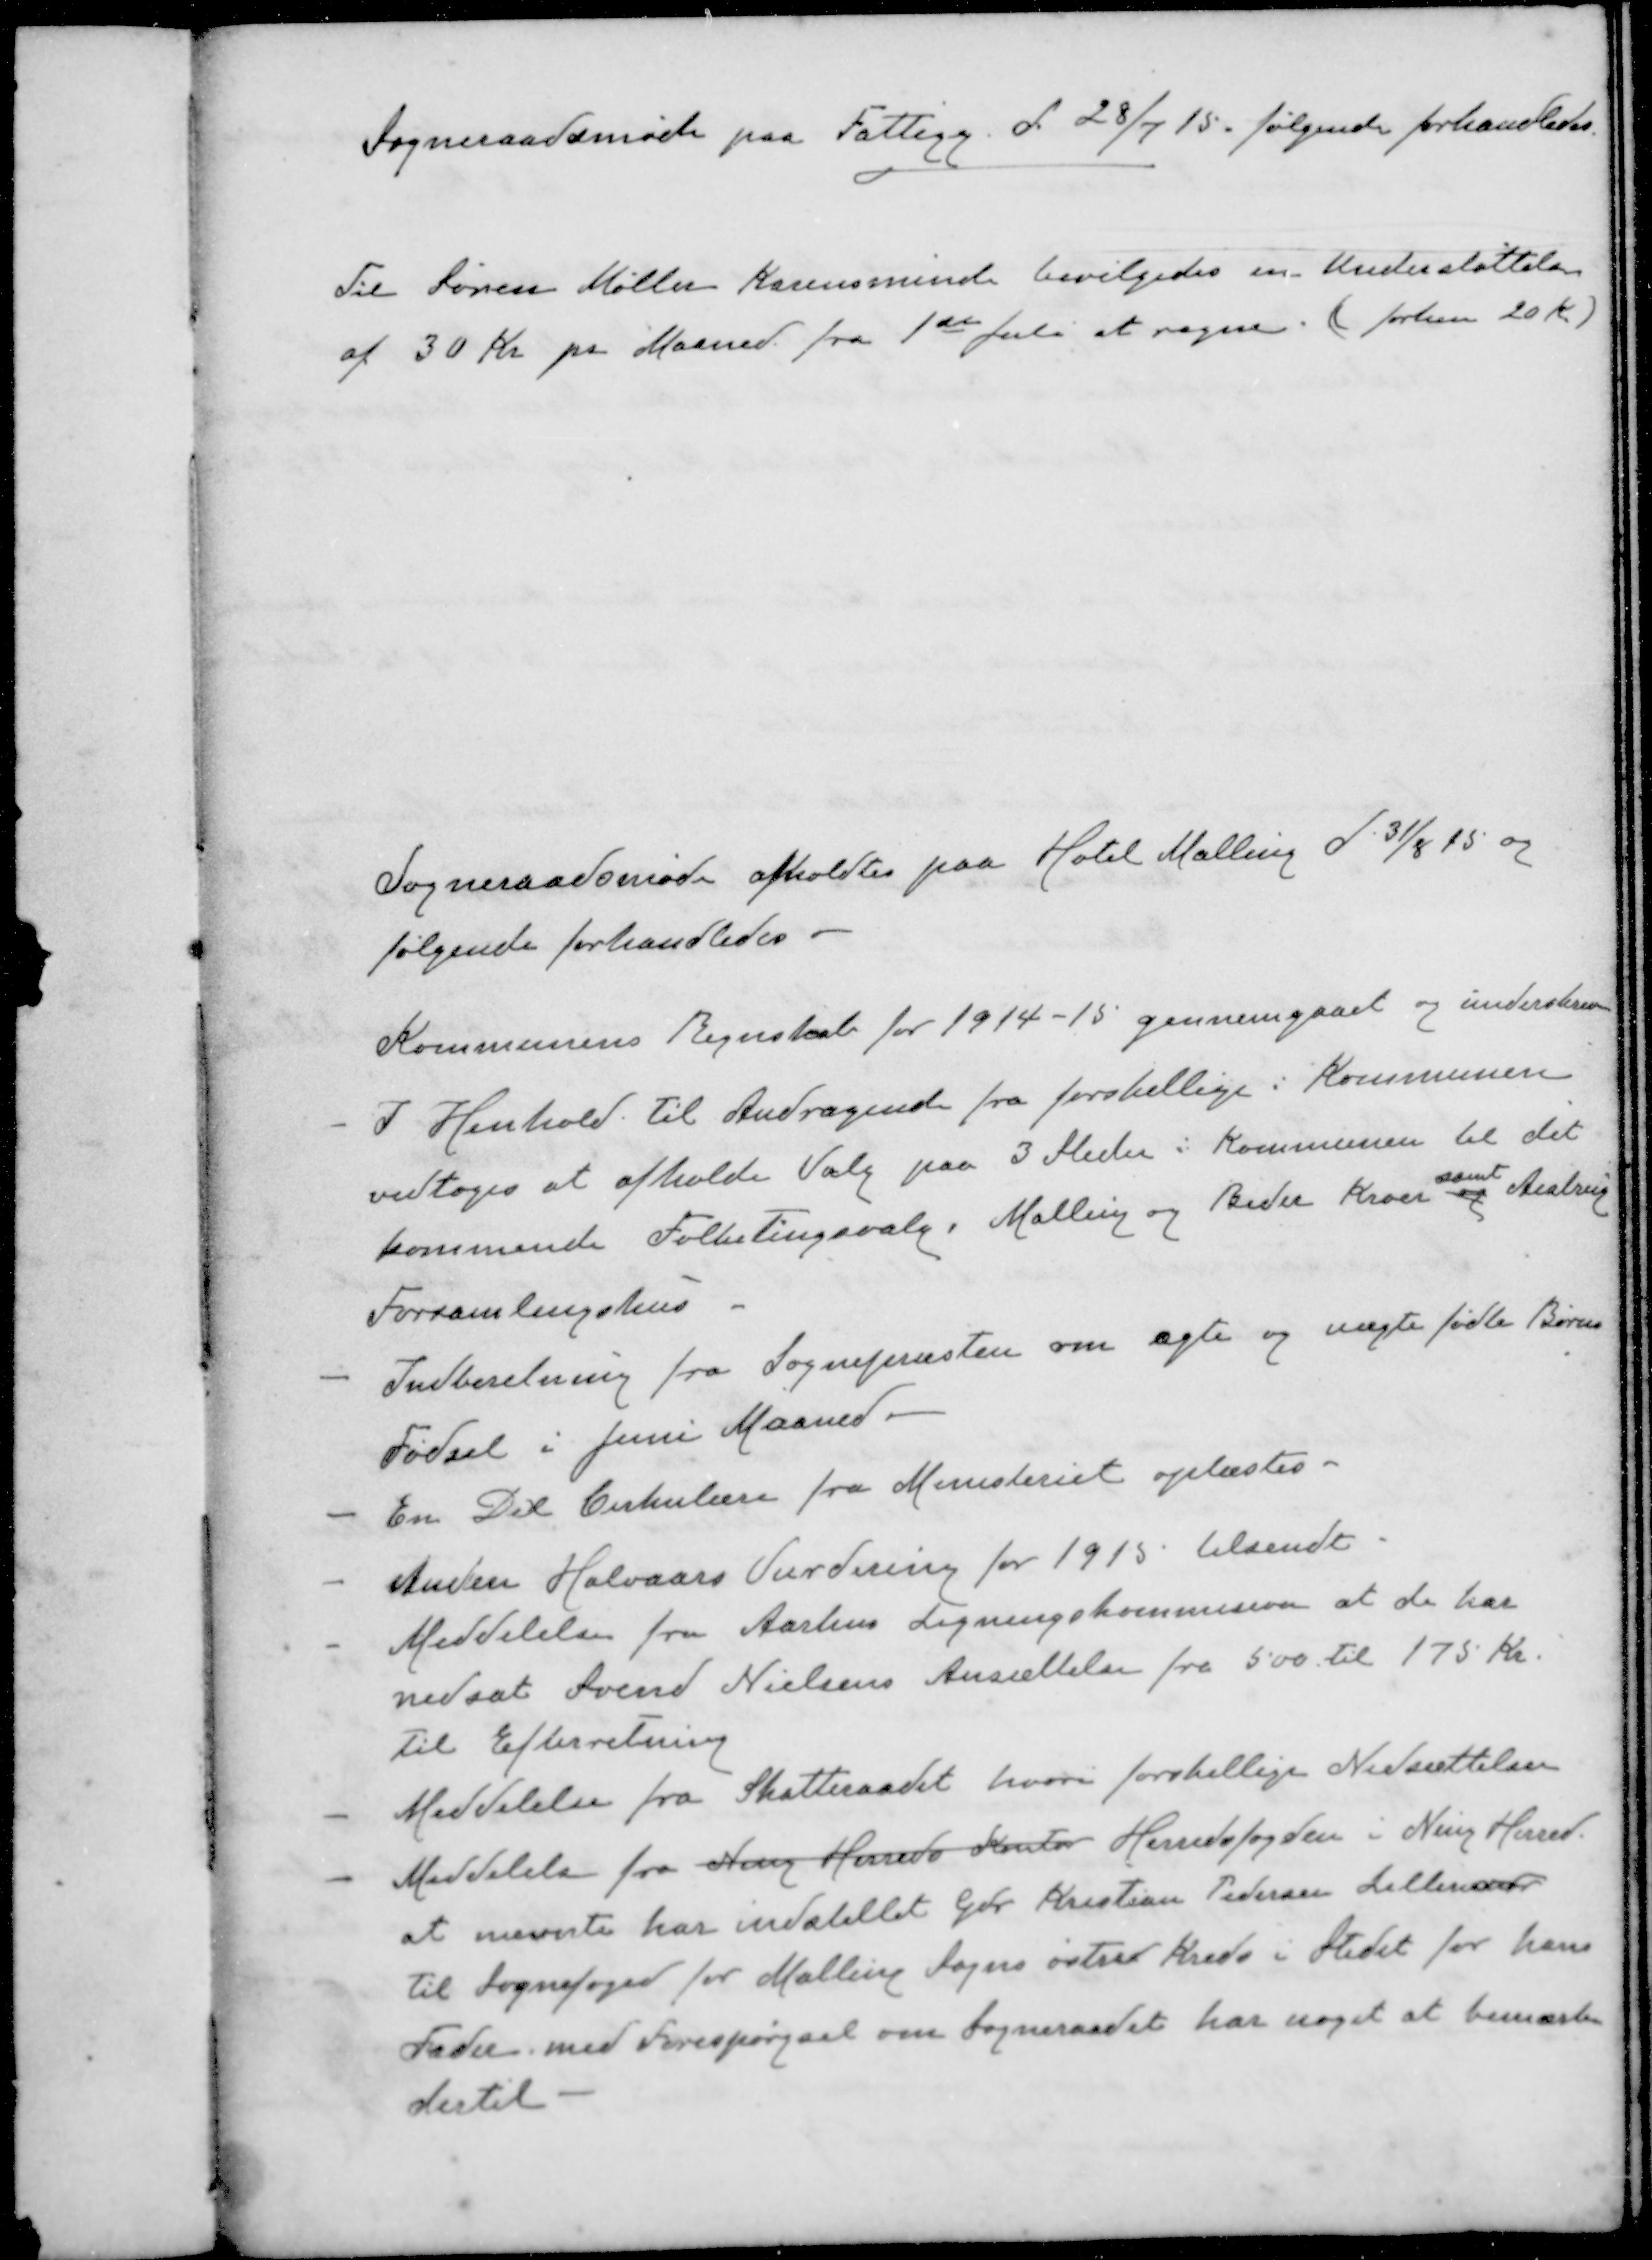
Transskription:
Sogneraadsmøde paa Fattigg. d. 28/7 15. følgende forhandledes.
Til Søren Møller Karensminde bevilgedes en Understøttelse
af 30 Kr pr Maaned fra 1ste Juli at regne. (førhen 20 Kr)
Sogneraadsmøde afholdtes paa Hotel Malling d 31/8 15 og
følgende forhandledes.
Kommunens Regnskab for 1914-15 gennemgaaet og underskreven
- 
I Henhold til Andragende fra forskellige i Kommunen
vedtoges at afholde Valg paa 3 Steder i Kommunen til det
samt
kommende Folketingsvalg, Malling og Beder Kroer og Aistrup
Forsamlingshus
-
Indberetning fra Sognepræsten om ægte og uægte fødte Børne
Fødsel i Juni Maaned.
- 
En Del Cirkulære fra Ministeriet oplæstes.
- 
Anden Halvaars Vurdering for 1915 tilsendt
- 
Meddelelse fra Aarhus Ligningskommision at de har
nedsat Svend Nielsens Ansættelse fra 500 til 175 Kr.
Til Efterretning
- 
Meddelelse fra Skatteraadet hvori forskellige Nedsættelser
- 
Meddelelse fra Ning Herreds Kontor Herredsfogden i Ning Herred.
at nævnte har indstillet Gdr Kristian Pedersen Lillenor
til Sognefoged for Malling Sogns østrer Kreds i Stedet for hans
Fader med Forespørgsel om Sogneraadet har noget at bemærke
dertil